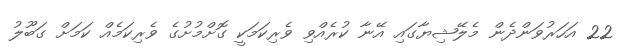
22 އަހަރުވަންދެން މެލޭޝިޔާގައި އޭނާ ކުރެއްވި ވެރިކަމަކީ ގޮށްމުށުގެ ވެރިކަމެއް ކަމަށް ގަބޫލު